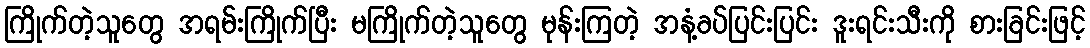
ကြိုက်တဲ့သူတွေ အရမ်းကြိုက်ပြီး မကြိုက်တဲ့သူတွေ မုန်းကြတဲ့ အနံ့ခပ်ပြင်းပြင်း ဒူးရင်းသီးကို စားခြင်းဖြင့်